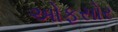
ઓફસોર